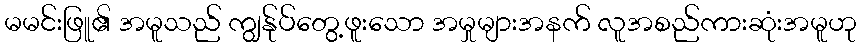
မမင်းဖြူ၏ အမူသည် ကျွန်ုပ်တွေ့ဖူးသော အမှုများအနက် လူအစည်ကားဆုံးအမူဟု